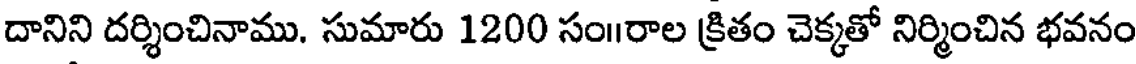
దానిని దర్శించినాము. సుమారు 1200 సం॥రాల క్రితం చెక్కతో నిర్మించిన భవనం